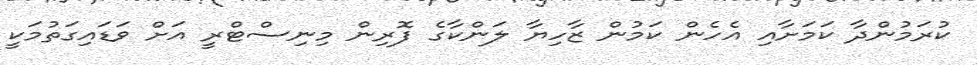
ކުރަމުންދާ ކަމަށާއި އެހެން ކަމުން ޒާހިޔާ ލަންކާގެ ފޮރިން މިނިސްޓްރީ އަށް ވަޑައިގަތުމަކީ